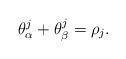
LaTeX: \begin{align*} \theta_\alpha^j+\theta_\beta^j=\rho_j. \end{align*}